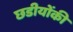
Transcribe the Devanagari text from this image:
छडीयोंकी